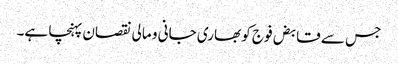
جس سے قابض فوج کو بھاری جانی و مالی نقصان پہنچا ہے۔